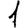
Digit: 1